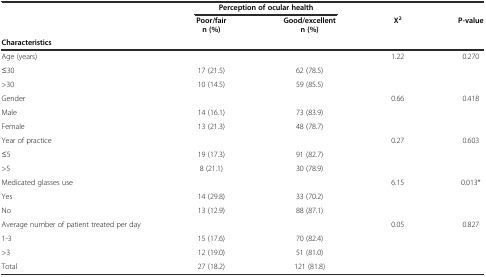
<table><thead><tr><td></td><td colspan="2"><b>Perception of ocular health</b></td><td></td><td></td></tr><tr><td></td><td><b>Poor/fair n (%)</b></td><td><b>Good/excellent n (%)</b></td><td><b>X<sup>2</sup></b></td><td><b>P-value</b></td></tr><tr><td><b>Characteristics</b></td><td></td><td></td><td></td><td></td></tr></thead><tbody><tr><td>Age (years)</td><td></td><td></td><td>1.22</td><td>0.270</td></tr><tr><td>≤30</td><td>17 (21.5)</td><td>62 (78.5)</td><td></td><td></td></tr><tr><td>&gt;30</td><td>10 (14.5)</td><td>59 (85.5)</td><td></td><td></td></tr><tr><td>Gender</td><td></td><td></td><td>0.66</td><td>0.418</td></tr><tr><td>Male</td><td>14 (16.1)</td><td>73 (83.9)</td><td></td><td></td></tr><tr><td>Female</td><td>13 (21.3)</td><td>48 (78.7)</td><td></td><td></td></tr><tr><td>Year of practice</td><td></td><td></td><td>0.27</td><td>0.603</td></tr><tr><td>≤5</td><td>19 (17.3)</td><td>91 (82.7)</td><td></td><td></td></tr><tr><td>&gt;5</td><td>8 (21.1)</td><td>30 (78.9)</td><td></td><td></td></tr><tr><td>Medicated glasses use</td><td></td><td></td><td>6.15</td><td>0.013*</td></tr><tr><td>Yes</td><td>14 (29.8)</td><td>33 (70.2)</td><td></td><td></td></tr><tr><td>No</td><td>13 (12.9)</td><td>88 (87.1)</td><td></td><td></td></tr><tr><td>Average number of patient treated per day</td><td></td><td></td><td>0.05</td><td>0.827</td></tr><tr><td>1-3</td><td>15 (17.6)</td><td>70 (82.4)</td><td></td><td></td></tr><tr><td>&gt;3</td><td>12 (19.0)</td><td>51 (81.0)</td><td></td><td></td></tr><tr><td>Total</td><td>27 (18.2)</td><td>121 (81.8)</td><td></td><td></td></tr></tbody></table>